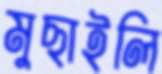
মুছাইলি